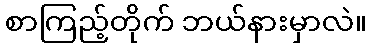
စာကြည့်တိုက် ဘယ်နားမှာလဲ။